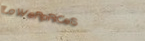
LoWeRpRiCeS